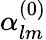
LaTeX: \alpha_{lm}^{(0)}